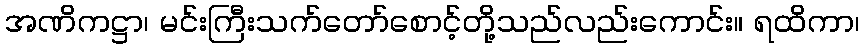
အဏိကဋ္ဌာ၊ မင်းကြီးသက်တော်စောင့်တို့သည်လည်းကောင်း။ ရထိကာ၊